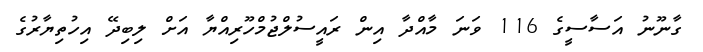
ގާނޫނު އަސާސީގެ 116 ވަނަ މާއްދާ އިން ރައީސުލްޖުމްހޫރިއްޔާ އަށް ލިބިދޭ އިހުތިޔާރުގެ